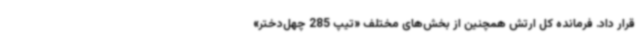
قرار داد. فرمانده کل ارتش همچنین از بخش‌های مختلف «تیپ 285 چهل‌دختر»